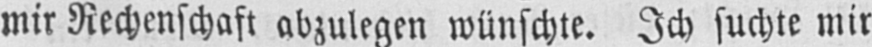
mir Rechenschaft abzulegen wünschte. Ich suchte mir